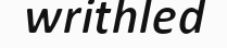
writhled